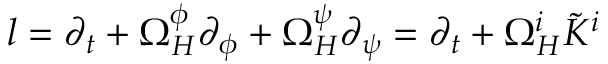
l = \partial _ { t } + \Omega _ { H } ^ { \phi } \partial _ { \phi } + \Omega _ { H } ^ { \psi } \partial _ { \psi } = \partial _ { t } + \Omega _ { H } ^ { i } \tilde { K } ^ { i }